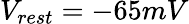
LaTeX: V_{rest}=-65mV